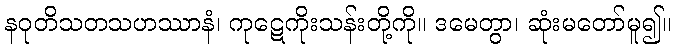
နဝုတိသတသဟဿာနံ၊ ကုဋေကိုးသန်းတို့ကို။ ဒမေတွာ၊ ဆုံးမတော်မူ၍။